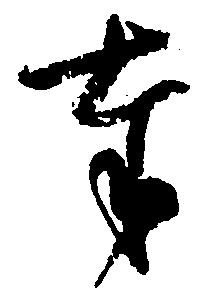
奉